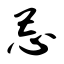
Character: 忌